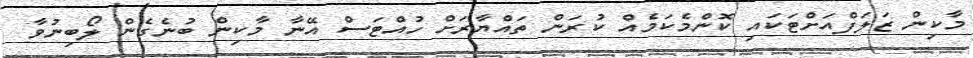
މާކިން ޒަލަފްއަށްޓަކައި ކޮންމެކަމެއް ކުރަން ތައްޔާރަށް ހުއްޓަސް އޭނާ މާކިން ބުނެގެން ލޯބިނުވާ